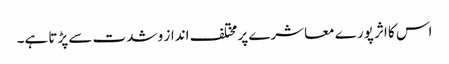
اس کا اثر پورے معاشرے پر مختلف انداز و شدت سے پڑتا ہے۔